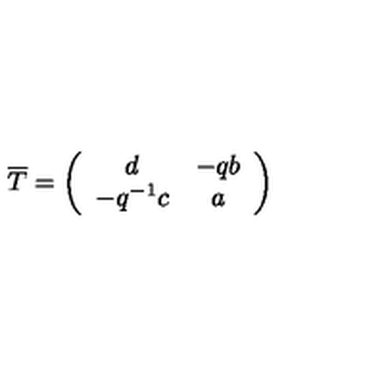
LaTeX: \overline { { T } } = \left( \begin{array} { c c } { d } & { - q b } \\ { - q ^ { - 1 } c } & { a } \\ \end{array} \right)